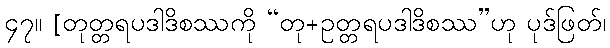
၄၇။ [တုတ္တရပဒါဒိစဿကို “တု+ဥတ္တရပဒါဒိစဿ”ဟု ပုဒ်ဖြတ်၊